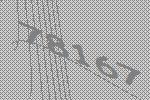
78167